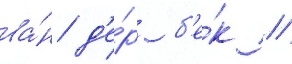
ва́н д'е́р б'е́к /